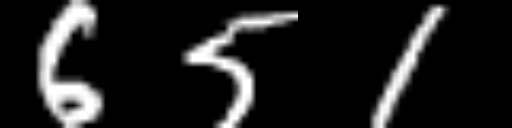
Text: 651